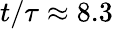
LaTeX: t/\tau\approx 8.3